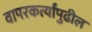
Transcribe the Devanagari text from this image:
वापरकर्त्यांपुढील